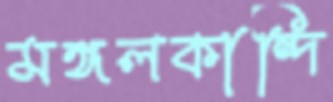
মঙ্গলকান্দি